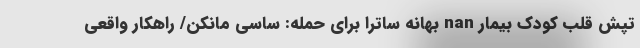
تپش قلب کودک بیمار nan بهانه ساترا برای حمله: ساسی مانکن/ راهکار واقعی